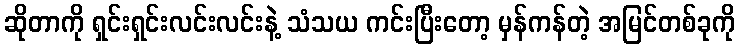
ဆိုတာကို ရှင်းရှင်းလင်းလင်းနဲ့ သံသယ ကင်းပြီးတော့ မှန်ကန်တဲ့ အမြင်တစ်ခုကို